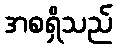
အစရှိသည်